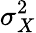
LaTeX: \sigma_{X}^{2}